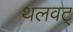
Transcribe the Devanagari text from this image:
थलवट्